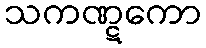
သကဏ္ဋကော